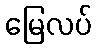
မြေလပ်